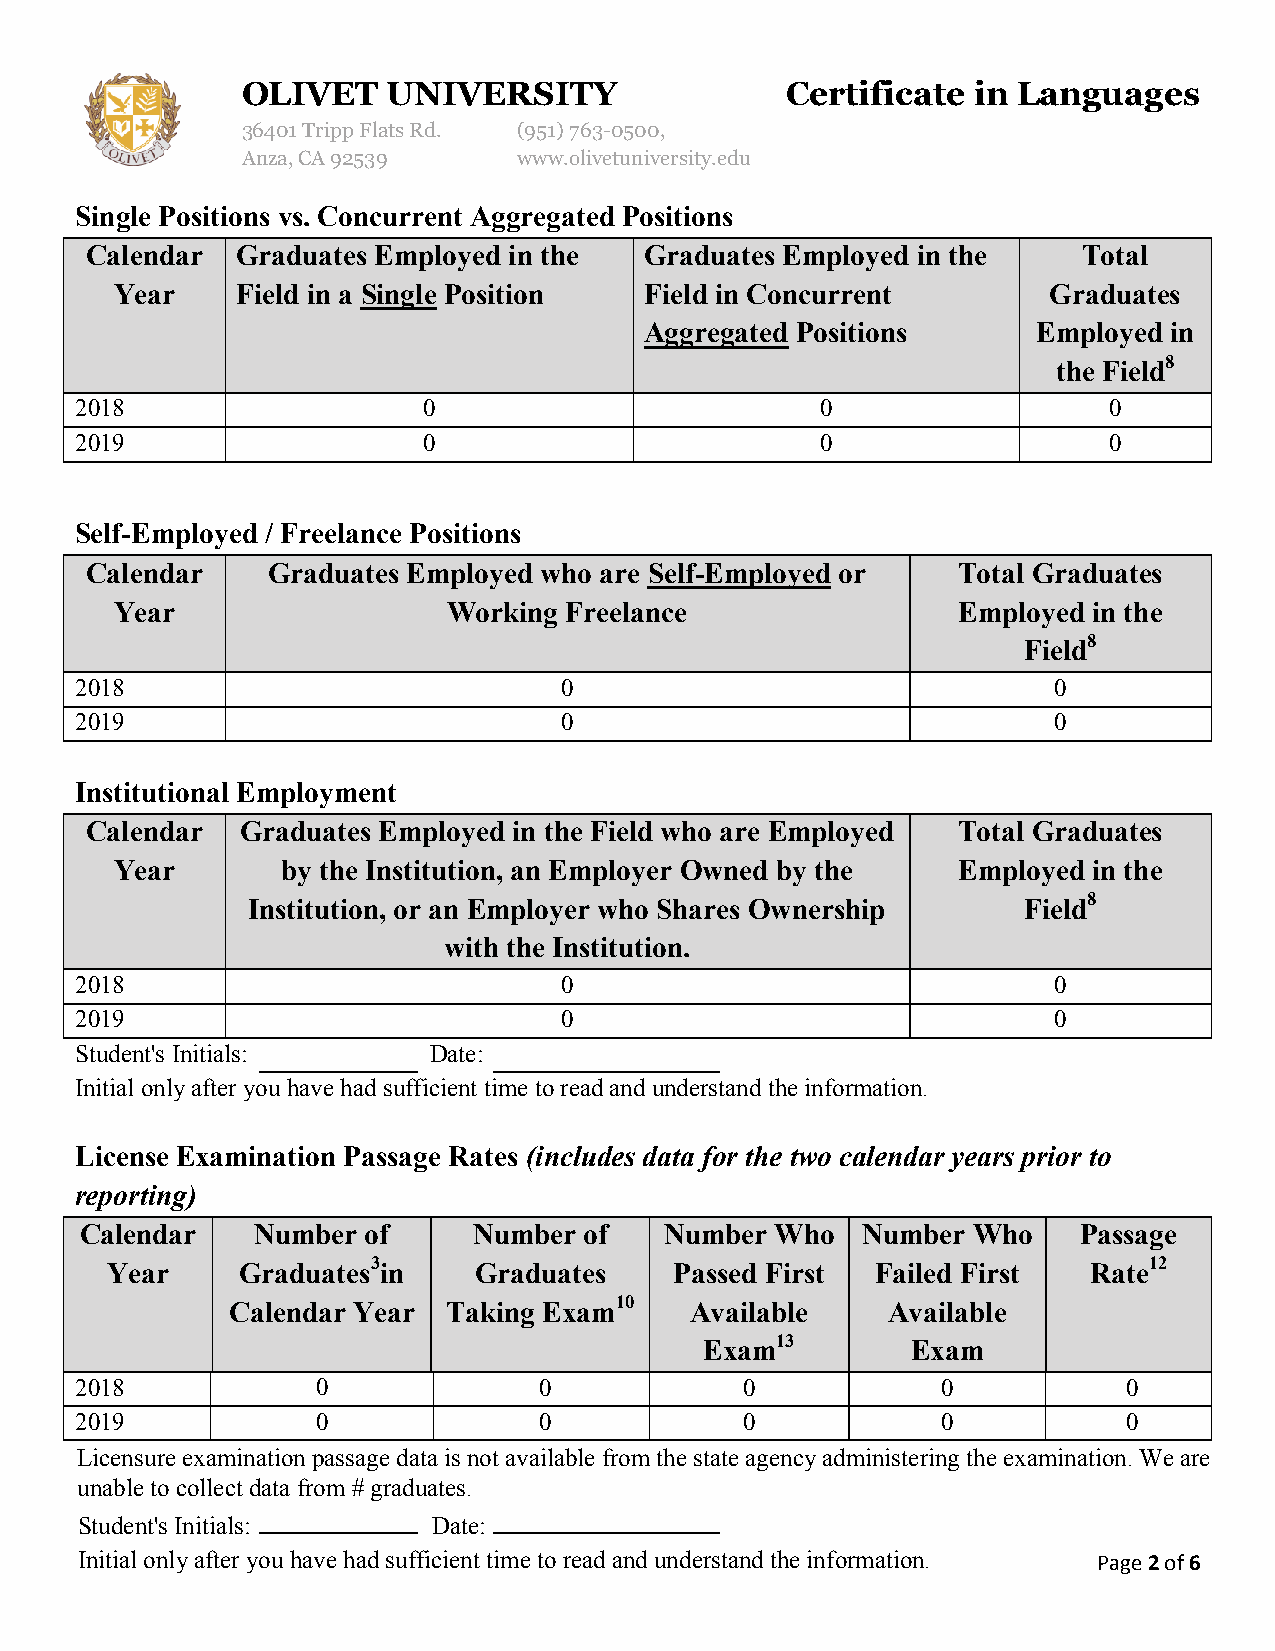
OLIVET    UNIVERSITY                Certificate in Languages
 36401 Tripp Flats Rd. (951)763-0500,
 Anza, CA 92539    www.olivetuniversity.edu
 Single Positions vs. Concurrent Aggregated Positions
 Calendar  Graduates Employed in the  Graduates Employed in the    Total
 Year    Field in a Single Position Field in Concurrent       Graduates
 Aggregated Positions      Employed in
 the Field8
 2018                   0                         0                  0
 2019                   0                         0                  0
 Self-Employed / Freelance Positions
 Calendar    Graduates Employed who are Self-Employed or  Total Graduates
 Year                  Working Freelance                Employed in the
 Field8
 2018                            0                                0
 2019                            0                                0
 Institutional Employment
 Calendar  Graduates Employed in the Field who are Employed Total Graduates
 Year       by the Institution, an Employer Owned by the Employed in the
 Institution, or an Employer who Shares Ownership    Field8
 with the Institution.
 2018                            0                                0
 2019                            0                                0
 Student's Initials:    Date:
 Initial only after you have had sufficient time to read and understand the information.
 License Examination Passage Rates (includes data for the two calendar years prior to
 reporting)
 Calendar    Number of     Number  of   Number Who   Number Who     Passage
 Year     Graduates3in   Graduates     Passed First Failed First  Rate12
 Calendar Year  Taking Exam10   Available    Available
 Exam13       Exam
 2018            0              0            0            0            0
 2019            0              0            0            0            0
 Licensure examination passage data is not available from the state agency administering the examination. We are
 unable to collect data from # graduates.
 Student's Initials:     Date:
 Initial only after you have had sufficient time to read and understand the information. Page 2 of 6